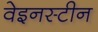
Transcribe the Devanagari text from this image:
वेइनस्टीन